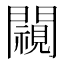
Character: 𨶳